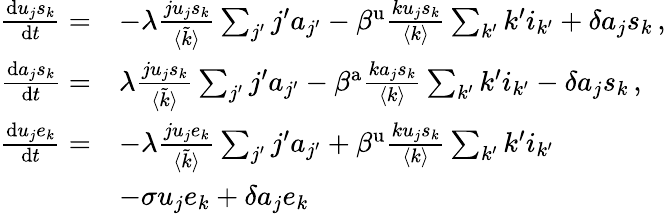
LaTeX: \begin{array}{rl}{\frac{\mathrm{d}u_{j}s_{k}}{\mathrm{d}t}=}&{-\lambda\frac{ju_{j}s_{k}}{\langle\tilde{k}\rangle}\sum_{j^{\prime}}j^{\prime}a_{j^{\prime}}-\beta^{\mathrm{u}}\frac{ku_{j}s_{k}}{\langle k\rangle}\sum_{k^{\prime}}k^{\prime}i_{k^{\prime}}+\delta a_{j}s_{k}\, ,}\\ {\frac{\mathrm{d}a_{j}s_{k}}{\mathrm{d}t}=}&{\lambda\frac{ju_{j}s_{k}}{\langle\tilde{k}\rangle}\sum_{j^{\prime}}j^{\prime}a_{j^{\prime}}-\beta^{\mathrm{a}}\frac{ka_{j}s_{k}}{\langle k\rangle}\sum_{k^{\prime}}k^{\prime}i_{k^{\prime}}-\delta a_{j}s_{k}\, ,}\\ {\frac{\mathrm{d}u_{j}e_{k}}{\mathrm{d}t}=}&{-\lambda\frac{ju_{j}e_{k}}{\langle\tilde{k}\rangle}\sum_{j^{\prime}}j^{\prime}a_{j^{\prime}}+\beta^{\mathrm{u}}\frac{ku_{j}s_{k}}{\langle k\rangle}\sum_{k^{\prime}}k^{\prime}i_{k^{\prime}}}\\ {\: }&{-\sigma u_{j}e_{k}+\delta a_{j}e_{k}\, }\end{array}